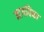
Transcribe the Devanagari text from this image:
मागधिका